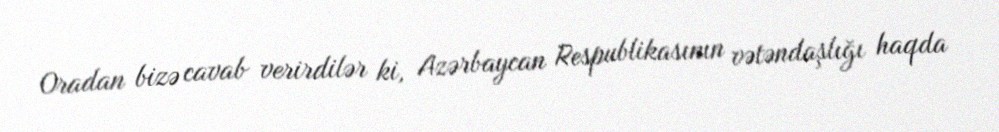
Oradan bizə cavab verirdilər ki, Azərbaycan Respublikasının vətəndaşlığı haqda